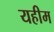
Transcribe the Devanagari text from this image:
यहीम